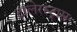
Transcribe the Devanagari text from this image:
टालेरस्ट्रास